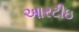
આરટીઇ